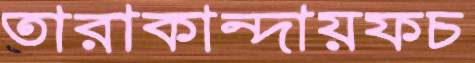
তারাকান্দায়ফচ